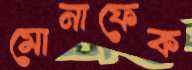
মোনাফেক